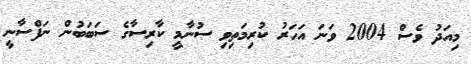
މިއަދު ވެސް 2004 ވަނަ އަހަރު ކުރިމަތިވި ސުނާމީ ކާރިސާގެ ސަބަބުން ނަފްސާނީ